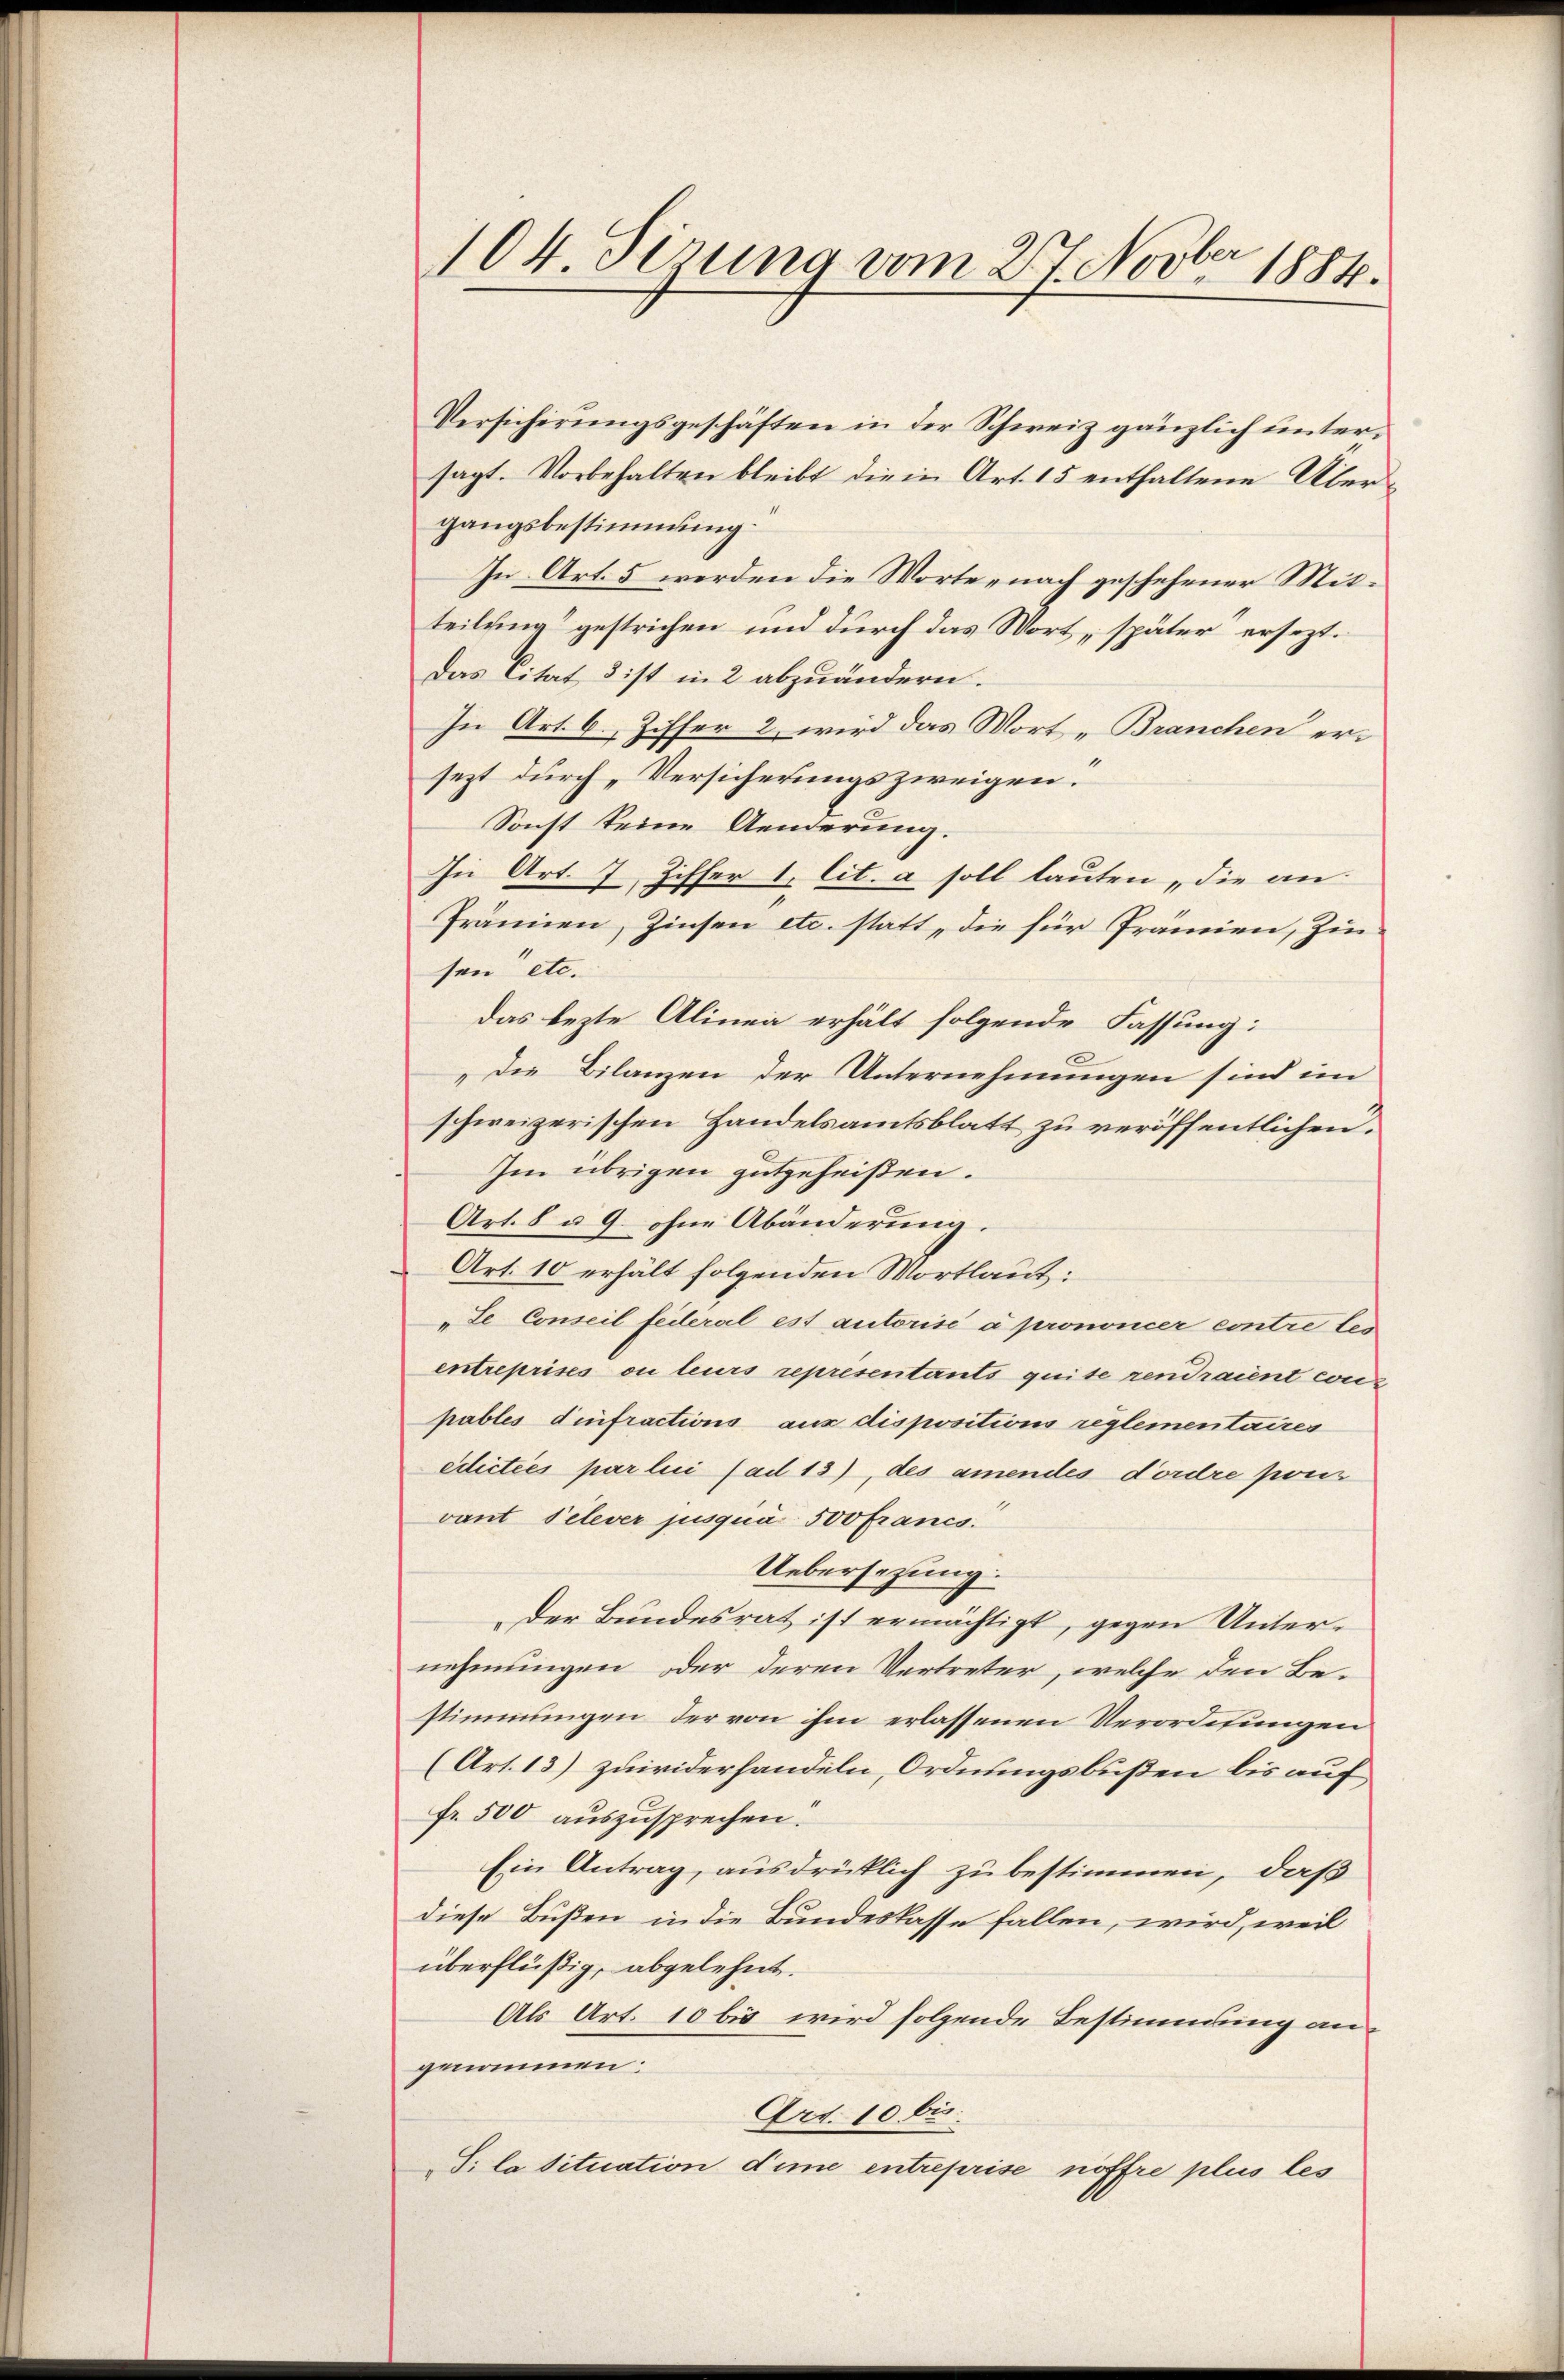
104. Sirung vom 27. Novbr 1884.

Versicherungsgeschäften in der Schweiz gänzlich untersagt. Vorbehalten bleibt die in Art. 15 enthaltene Übergangsbestimmung.
In Art. 5 werden die Worte nach geschehener Mitteilung gestrichen und durch das Wort, später ersezt.
Das Citat dist in 2 abzuändern.
In Art. 6. Ziffer 2 wird das Wort „Branchen ersezt durch „Versicherungszweigen.
Sonst keine Aenderung.
In Art. 7, Ziffer 1. lit. a soll lauten die an
Prämien, Zinsen etc. statt, die für Prämien, Zin-
sen“ etc.
das lezte Alinen erhält folgende Fassung:
„Die Bilanzen der Unternehmungen sind im
schweizerischen Handelsamtsblatt zu veröffentlichen.
Im übrigen gutgeheißen.
Art. 8 u. 9. ohne Abänderung.
Art. 10 erhält folgenden Wortlaut:
„de Conseil federal est autorisé à prononcer contre les
entreprises ou leurs representants quite rendraient weiz
pables dinfractions aus dispositions reglementaires
edictiés par lui fad 13), des amendes dordre pres
vant Pelever jusqua 500 francs.
Uebersezung.
Der Bundesrat ist ermächtigt, gegen Unternehmungen oder deren Vertreter, welche den Bestimmungen der von ihm erlassenen Verordnungen
(Art. 13) zuwiderhandeln, Ordnungsbußen bis auf
Fr. 500 auszusprechen.
Ein Antrag, ausdrüklich zu bestimmen, daß
diese Bußen in die Bundeskasse fallen, wird, weil
überflüßig, abgelehnt.
Als Art. 10 bis wird folgende Bestimmung angenommen:
Art. 10 bi
S. la Situation dime entreprise nöffre plus les